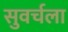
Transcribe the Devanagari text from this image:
सुवर्चला